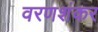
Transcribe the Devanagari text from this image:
वरणशंकर